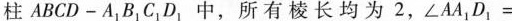
柱ABCD-A_{1}B_{1}C_{1}D_{1}中，所有棱长均为2，$$ ∠ A A _ { 1 } D _ { 1 } =